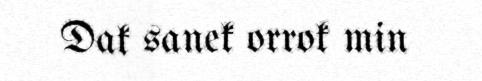
Dak sanek orrok min